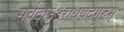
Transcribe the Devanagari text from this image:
सर्वदाऽऽराधयेद्गुरुम्